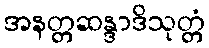
အနတ္တဆန္ဒာဒိသုတ္တံ